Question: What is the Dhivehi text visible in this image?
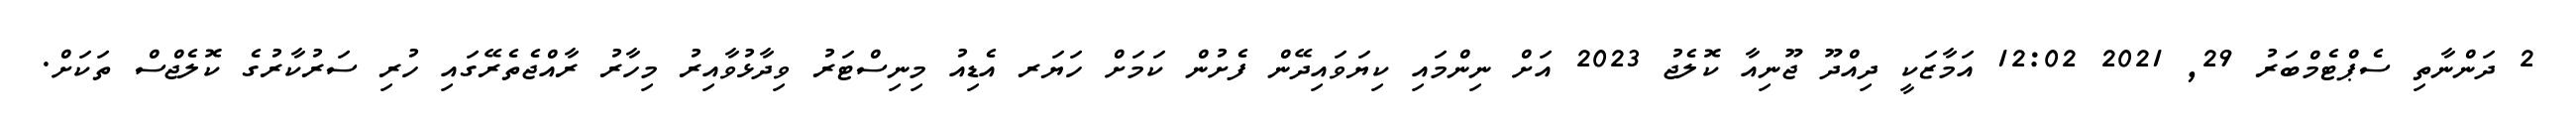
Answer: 2 ދަންނާތި ސެޕްޓެމްބަރު 29, 2021 12:02 އަމާޒަކީ ދިއްދޫ ޖޫނިއާ ކޮލެޖު 2023 އަށް ނިންމައި ކިޔަވައިދޭން ފެށުން ކަމަށް ހަޔަރ އެޑިއު މިނިސްޓަރު ވިދާޅުވާއިރު މިހާރު ރާއްޖެތެރޭގައި ހުރި ސަރުކާރުގެ ކޮލެޖްސް ތަކަށް.